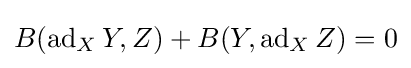
B(\operatorname {ad} _{X}Y,Z)+B(Y,\operatorname {ad} _{X}Z)=0